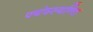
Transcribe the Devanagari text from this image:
पयंवस्यन्ति